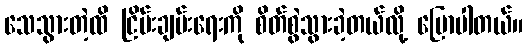
သေသွားတဲ့ထိ ငြိမ်းချမ်းရေးကို စိတ်စွဲသွားခဲ့တယ်လို့ ပြောပါတယ်။